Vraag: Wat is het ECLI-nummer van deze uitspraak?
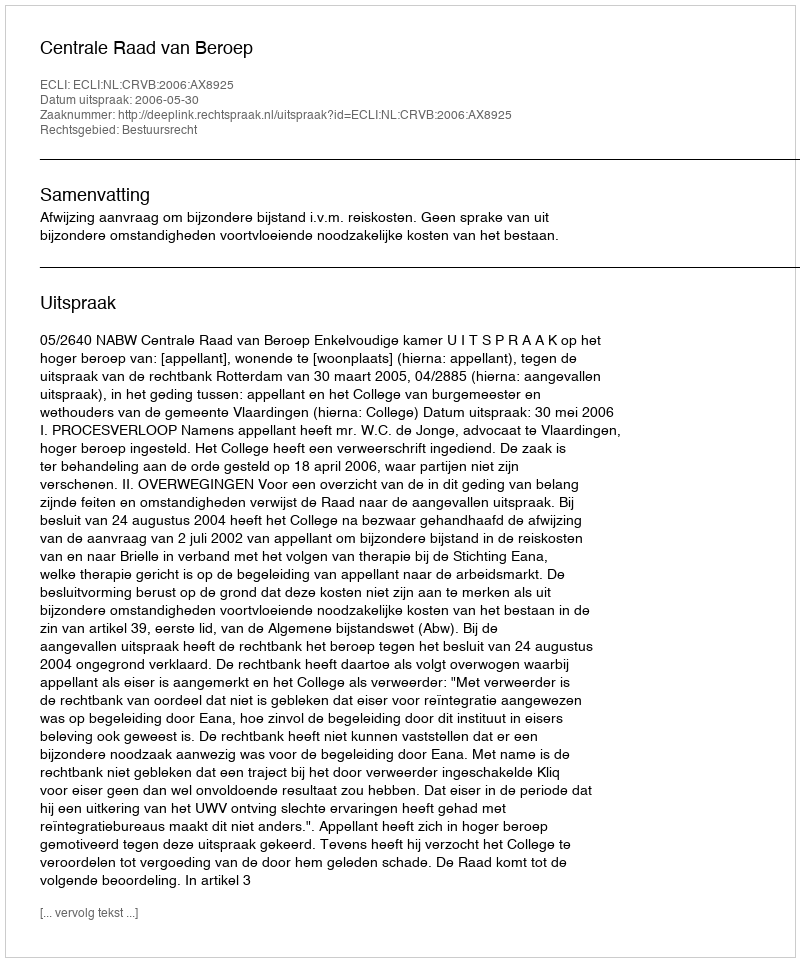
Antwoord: ECLI:NL:CRVB:2006:AX8925